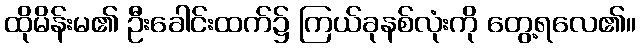
ထိုမိန်းမ၏ ဦးခေါင်းထက်၌ ကြယ်ခုနစ်လုံးကို တွေ့ရလေ၏။